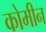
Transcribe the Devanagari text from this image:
कोमीन